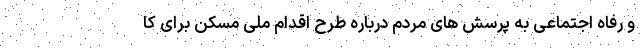
و رفاه اجتماعی به پرسش های مردم درباره طرح اقدام ملی مسکن برای کا